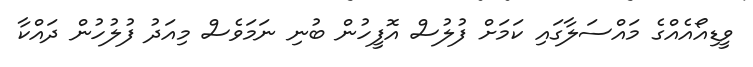
ވީޑިއޯއެއްގެ މައްސަލާގައި ކަމަށް ފުލުސް އޮފީހުން ބުނި ނަމަވެސް މިއަދު ފުލުހުން ދައްކާ